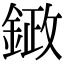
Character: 𮢙